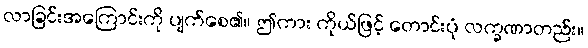
လာခြင်းအကြောင်းကို ပျက်စေ၏။ ဤကား ကိုယ်ဖြင့် တောင်းပုံ လက္ခဏာတည်း။